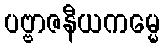
ပဗ္ဗာဇနီယကမ္မေ